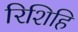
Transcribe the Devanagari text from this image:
रिशिहि